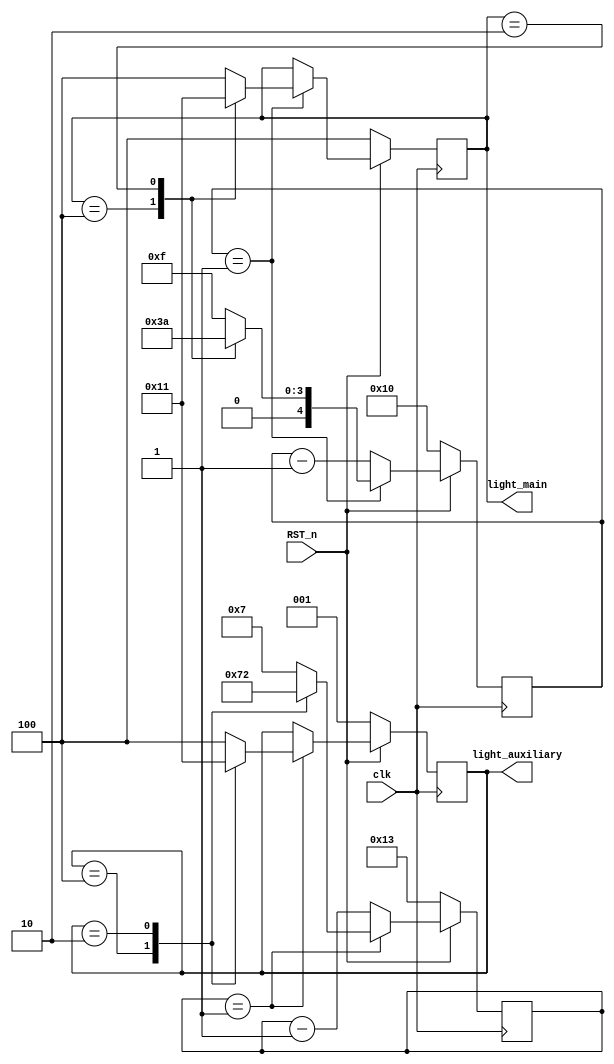
module traffic_light(clk,RST_n,light_main,light_auxiliary);
	//light_main ?????light_auxiliary????
	input clk,RST_n;
	output reg [2:0]light_main,light_auxiliary;
	parameter Green=3'b100;
	parameter Yellow=3'b010;
	parameter Red=3'b001;
	parameter Green_main_time=5'd15;
	parameter Yellow_main_time=5'd3;
	parameter Red_main_time=5'd10;
	parameter Green_auxiliary_time=5'd7;	
	parameter Yellow_auxiliary_time=5'd3;	
	parameter Red_auxiliary_time=5'd18;	
	//reg count;
	reg [4:0]light_main_time;
	reg [4:0]light_auxiliary_time;


	initial 
	begin  // /???????????
			light_main<=Green;
			light_main_time<=Green_main_time;
			light_auxiliary<=Red;
			light_auxiliary_time<= Red_auxiliary_time;
	end 


	always@(posedge clk )
		if (!RST_n)
		
		begin
			light_main<=Green;
			light_main_time<=Green_main_time+1;//?1??????rst???????
			light_auxiliary<=Red;
			light_auxiliary_time<= Red_auxiliary_time+1;
		end 

		else 

		begin
		if (light_main_time==1'b1)
			case(light_main)
				Green : 
				begin
					light_main<=Yellow;light_main_time<=Yellow_main_time;
				end
				Yellow:
				begin 
					light_main<=Red;light_main_time<=Red_main_time;
				end
				Red:
				begin 
					light_main<=Green;light_main_time<=Green_main_time;
				end
				default:
				begin		
					light_main<=Green;light_main_time<=Green_main_time;
				end
			endcase
		else 
			light_main_time<=light_main_time-1;


		if (light_auxiliary_time==1'b1)
			case(light_auxiliary)
				Green : 
				begin
					light_auxiliary<=Yellow;light_auxiliary_time<=Yellow_auxiliary_time;
				end
				Yellow:
				begin 
					light_auxiliary<=Red;light_auxiliary_time<=Red_auxiliary_time;
				end
				Red:
				begin 
					light_auxiliary<=Green;light_auxiliary_time<=Green_auxiliary_time;
				end
				default:
				begin		
					light_auxiliary<=Green;light_auxiliary_time<=Green_auxiliary_time;
				end
			endcase
		else 
			light_auxiliary_time<=light_auxiliary_time-1;		
		end

endmodule